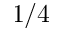
1 / 4